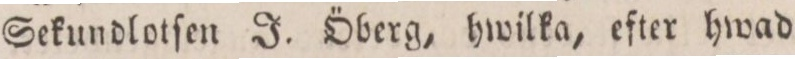
Sekundlotſen J. Öberg, hwilka, efter hwad